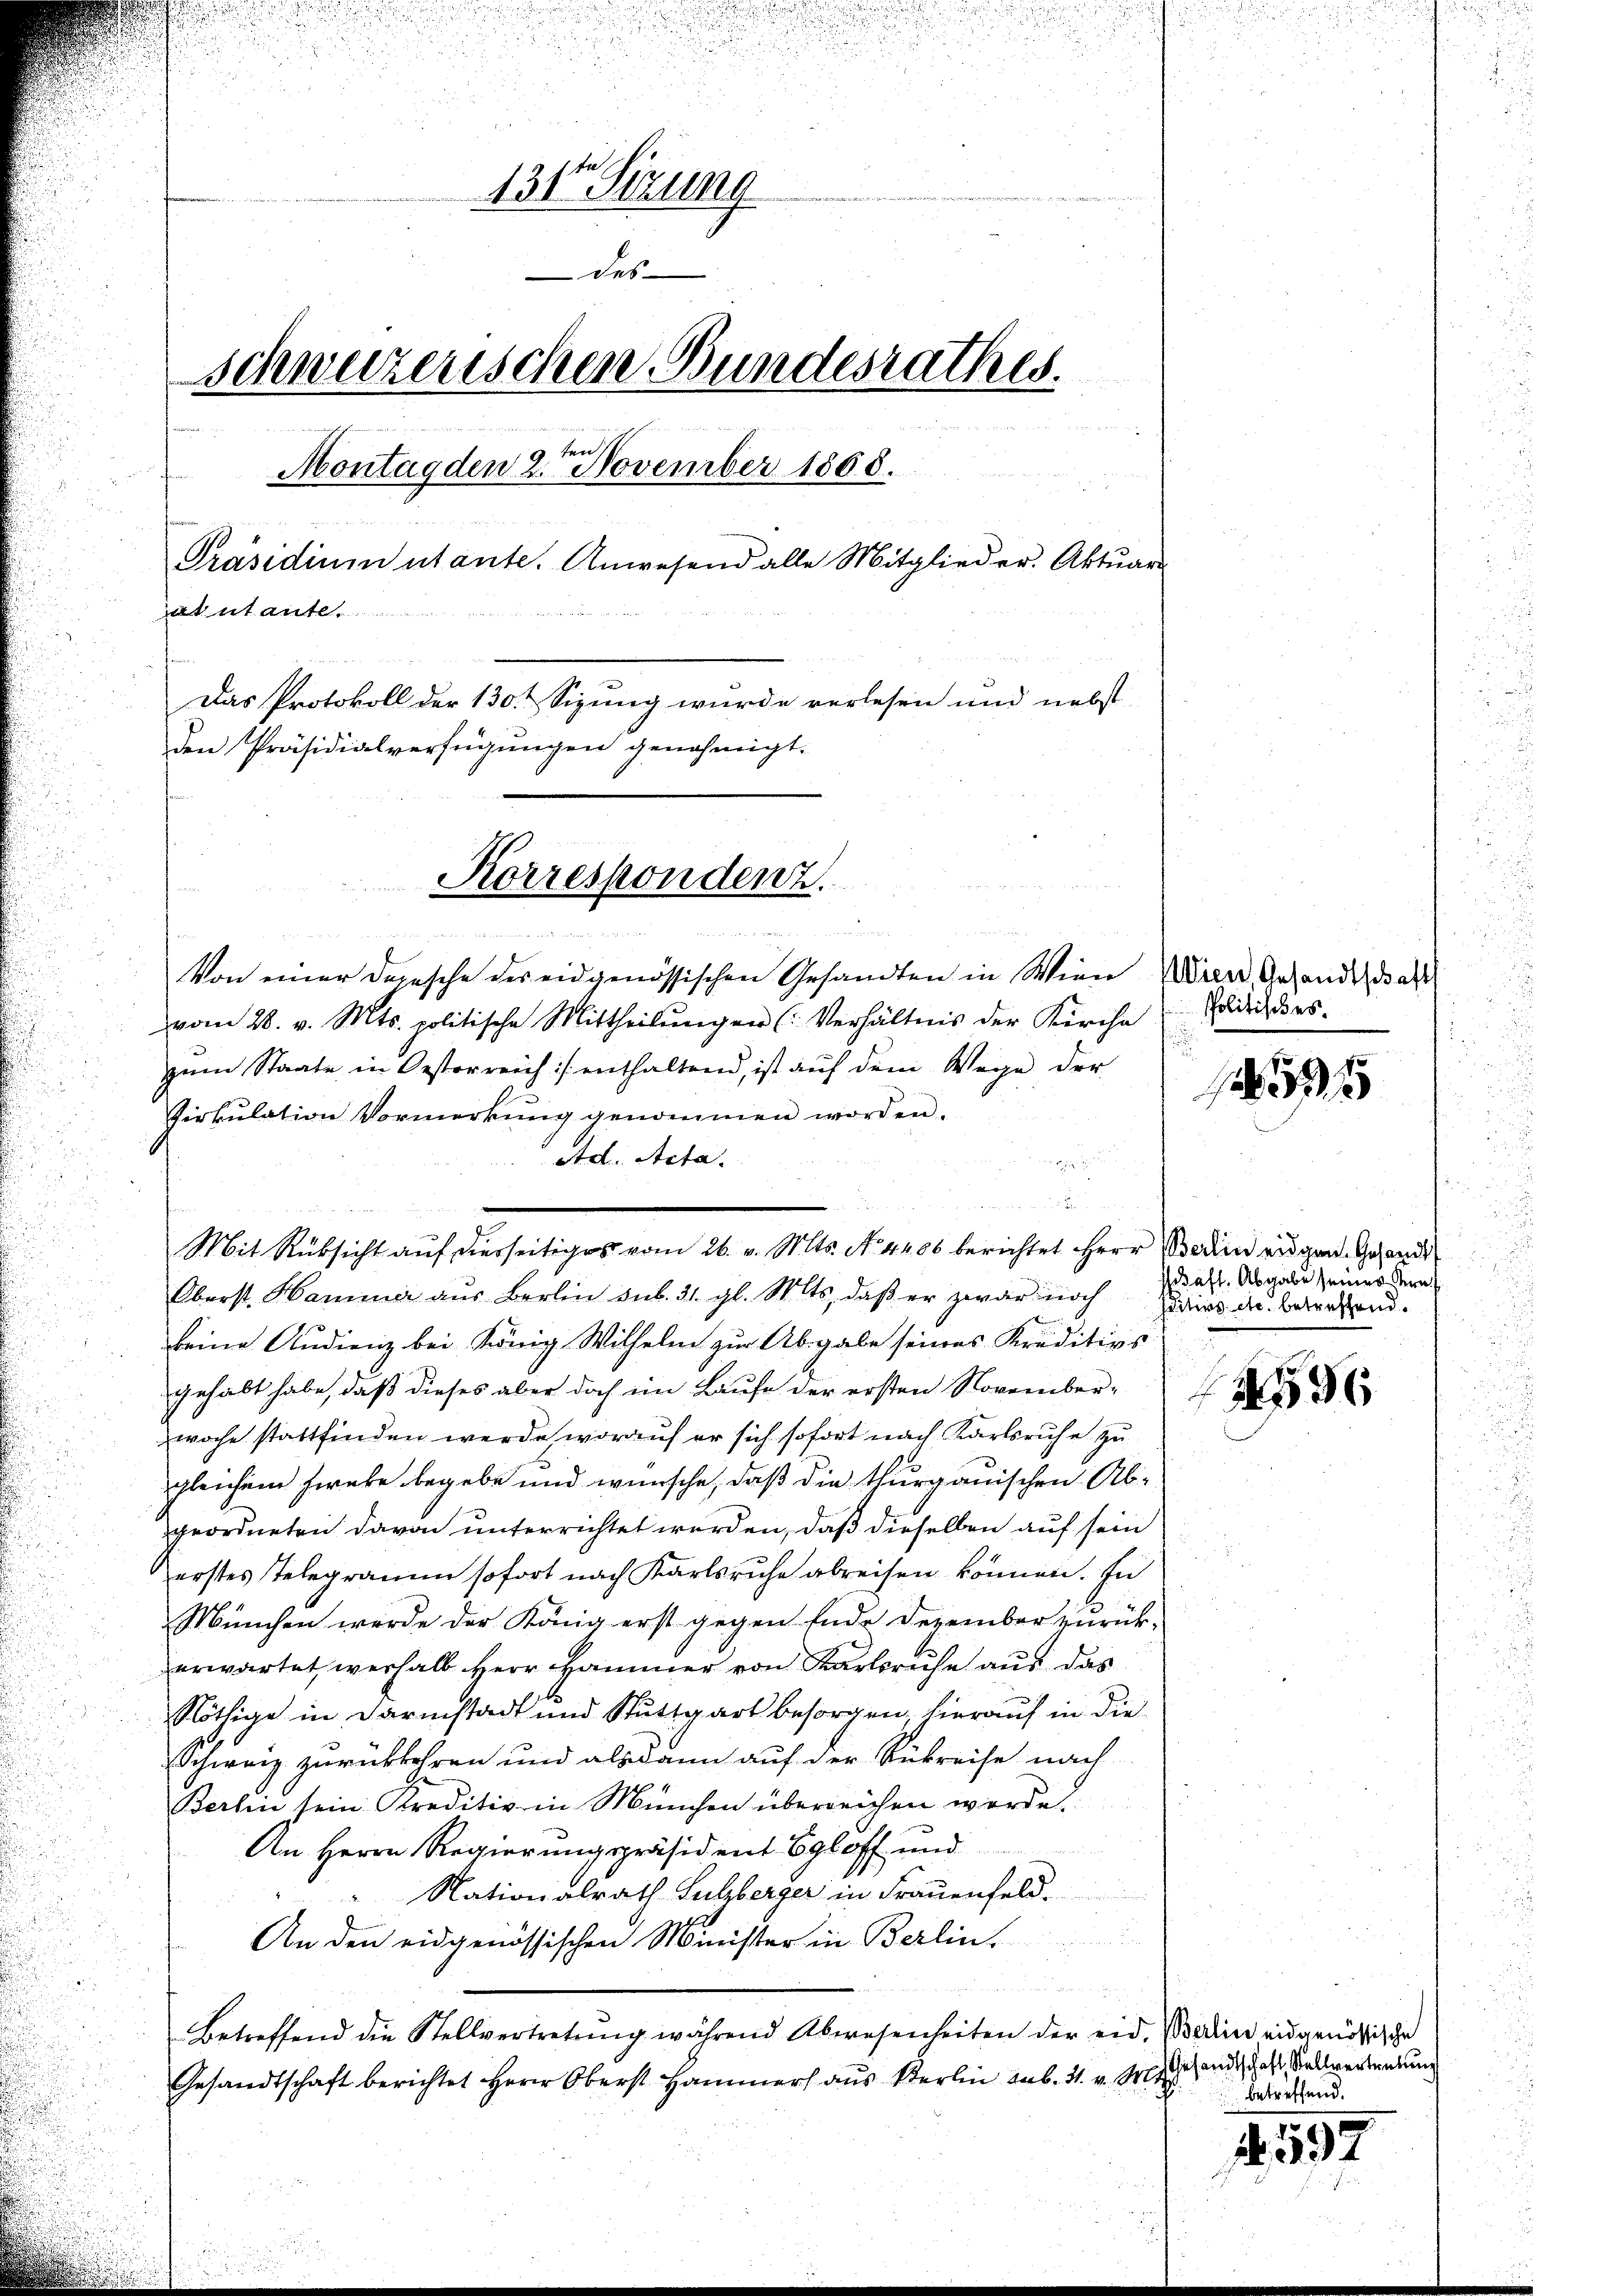
u
131 Sizung
des
schweizerischen Bundesrathes.
53 die
Montag den 2. November 1868.
f
Präsidiumutante. Anwesend alle Mitglieder. Aktuar
atutante.
e
n
Das Protokoll der 130. Sizung wurde verlesen und nebst
den Präsidialverfügungen genehmigt.

Korrespondenz.

Von einer Depesche des eidgenössischen Gesandten in Wien Wien, Gesande, das
vom 28. v. Mts. politische Mittheilungen (: Verhältnis der Kirche
zum Staate in Oesterreich :/ enthaltend, ist auf dem Wege der
Virkulation Vormerkŭng genommen worden.
Ad. Acta.

n
Oberst Hammer aŭs Berlin sub. 31. gl. Mts. daβ er zwar noch
keine Audienz bei König Wilhelm zur Abgabe seines Kreditivs
gehabt habe, daß dieses aber doch im Laufe der ersten November-
woche stattfinden werde, worauf er sich sofort nach Karlsruhe zu
gleichem hiebe begebe und wünsche, daß die thurgauischen Ab-
geordneten davon unterrichtet werden, daß dieselben auf sein
erstes Telegramm sofort nach Karlsruhe abreisen können. In
München werde der König erst gegen Ende Dezember zurück-
erwartet werhalb Herr Hammer von Karlsruhe aus das
Nöthige in Darmstadt und Stuttgart besorgen, hierauf in die
Schweiz zurückkehren und alsdann auf der Rükreise nach
Berlin sein Kreditiv in München überreichen werde.
An Herrn Regierungspräsident Egloff und
Nationalrath Suhberger in Frauenfeld.
An den eidgenössischen Minister in Berlin.
Betreffend die Stellvertretŭng während Abwesenheiten der eid. Badin eidgenößische
Gesandtschaft berichtet Herr Oberst Hammers aus Berlin sub. 31. v. Mt

Mit Rücksicht auf derseitiges vom 26. v. Mts. No. 4400 berichtet Herr Bedin eigen Gesandt

Politisches.

x

schaft. Abgabe seiner Kraf
ditivs etc. betreffend.
36

Gesandtschaft, Stellvertretung
betreffend.

4557